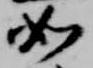
如